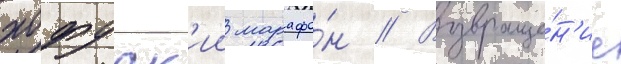
хофуск'ии марафо́н // Возвраще́н'ие